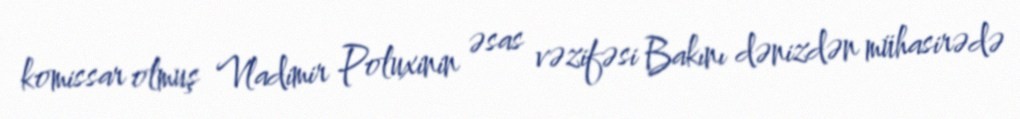
komissar olmuş Vladimir Poluxinin əsas vəzifəsi Bakını dənizdən mühasirədə